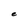
Character: e